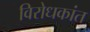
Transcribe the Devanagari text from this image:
विरोधकांत